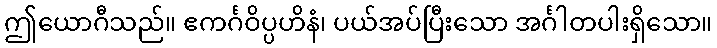
ဤယောဂီသည်။ ဧကင်္ဂဝိပ္ပဟိနံ၊ ပယ်အပ်ပြီးသော အင်္ဂါတပါးရှိသော။